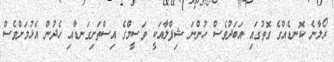
ރޯލާނެ ކޮނޑެއްގެ ގޮތުގައި އަބަދުވެސް ހުންނަ ޝިފްލާއަކީ ވަސީމްގެ އިސްތަށިގަނޑާއި ހެދުން އެޅުމަށްވެސް